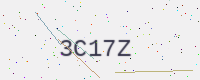
Text: 3C17Z